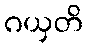
ဂယှတိ